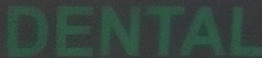
DENTAL